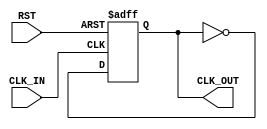
`timescale 1ns / 1ps
//////////////////////////////////////////////////////////////////////////////////
// Company: 
// Engineer: 
// 
// Design Name: 
// Module Name: Clk_Div_By2
// Project Name: 
// Target Devices: 
// Tool Versions: 
// Description: 
// 
// Dependencies: 
// 
// Revision:
// Revision 0.01 - File Created
// Additional Comments:
// 
//////////////////////////////////////////////////////////////////////////////////


//Divides Input clock frequency by 2
module Clk_Div_By2( input CLK_IN,
                    input RST,
                    output reg CLK_OUT
                    );
always @(posedge CLK_IN or negedge RST)
begin
  if(!RST)
     CLK_OUT<=0;
  else    
     CLK_OUT<=~CLK_OUT;
  end
endmodule